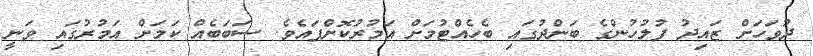
ދުވަހަށް ޒައިދު ފުލުހުންގެ ބަންދުގައި ބެހެއްޓުމަށް އަމުރުކޮށްފައެވެ. ސަބަބެއް ކަމަށް އަމުރުގައި ވަނީ